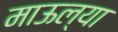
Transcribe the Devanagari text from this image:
माऊल्या